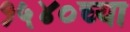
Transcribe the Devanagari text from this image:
१५४०च्या